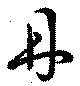
丹